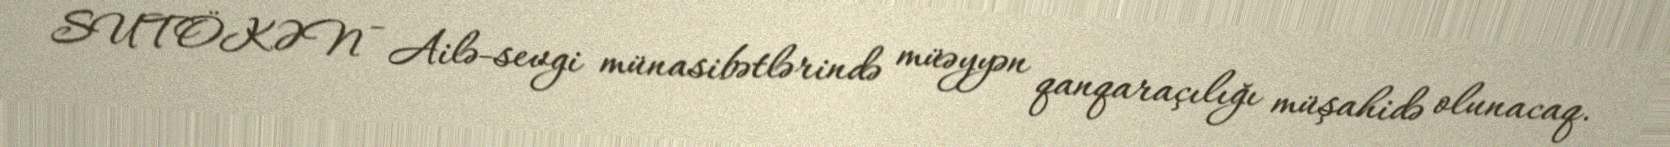
SUTÖKƏN - Ailə-sevgi münasibətlərində müəyyən qanqaraçılığı müşahidə olunacaq.